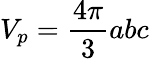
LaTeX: V_{p}=\frac{4\pi}{3}abc